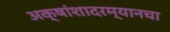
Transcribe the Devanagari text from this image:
अक्षांशादरम्यानचा